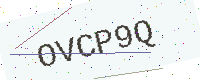
Text: OVCP9Q